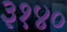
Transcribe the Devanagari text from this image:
३१४०